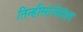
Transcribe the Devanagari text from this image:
तिन्हीसांजेनंतर